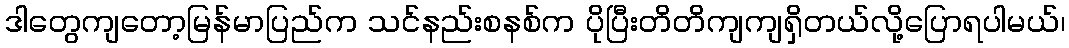
ဒါတွေကျတော့မြန်မာပြည်က သင်နည်းစနစ်က ပိုပြီးတိတိကျကျရှိတယ်လို့ပြောရပါမယ်၊